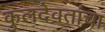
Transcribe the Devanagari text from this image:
कुलदेवतांचा